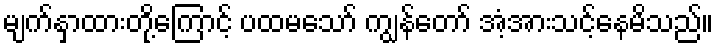
မျက်နှာထားတို့ကြောင့် ပထမသော် ကျွန်တော် အံ့အားသင့်နေမိသည်။